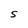
Character: S